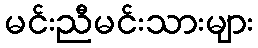
မင်းညီမင်းသားများ